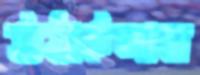
উঠাইলাম